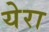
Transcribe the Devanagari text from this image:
येरा